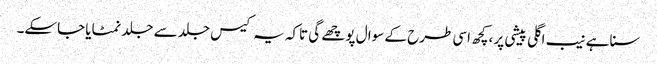
سنا ہے نیب اگلی پیشی پر ،کچھ اسی طرح کے سوا ل پوچھے گی تاکہ یہ کیس جلد سے جلد نمٹایا جاسکے۔